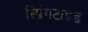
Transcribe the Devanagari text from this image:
स्प्रिंगटाइड